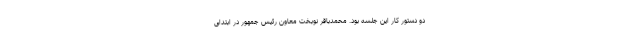
دو دستور کار این جلسه بود. محمدباقر نوبخت معاون رئیس جمهور در ابتدای